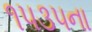
૧૫૩૫ના